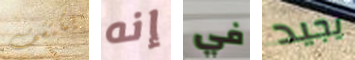
يكتشف إنه في يجيد